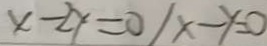
x - 2 y = 0 / x - y = 0